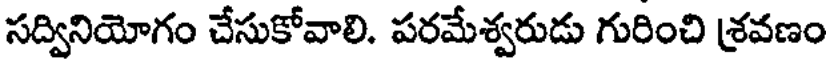
సద్వినియోగం చేసుకోవాలి. పరమేశ్వరుడు గురించి శ్రవణం